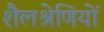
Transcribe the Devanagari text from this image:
शैलश्रेणियों